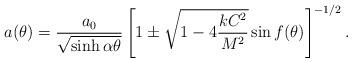
LaTeX: \begin{align*}a(\theta) = \frac{a_0}{\sqrt{\sinh\alpha\theta}}\left[1 \pm \sqrt{1 -4\displaystyle{\frac{kC^2}{M^2}}}\sin f(\theta)\right]^{-1/2}.\end{align*}